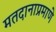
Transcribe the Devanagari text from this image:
मतदानाप्रमाणे